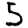
Digit: 5